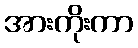
အားကိုးကာ